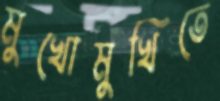
মুখোমুখিতে